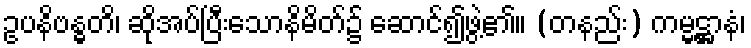
ဥပနိဗန္ဓတိ၊ ဆိုအပ်ပြီးသောနိမိတ်၌ ဆောင်၍ဖွဲ့၏။ (တနည်း) ကမ္မဋ္ဌာနံ၊